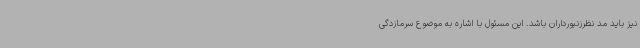
نیز باید مد نظرزنبورداران باشد. این مسئول با اشاره به موضوع سرمازدگی